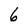
Character: 6